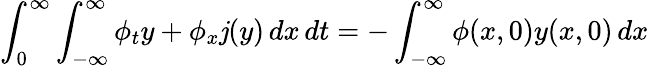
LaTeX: \int_{0}^{\infty}\int_{-\infty}^{\infty}\phi_{t}y+\phi_{x}\mathit{j}(y)\, dx\, dt=-\int_{-\infty}^{\infty}\phi(x,0)y(x,0)\, dx